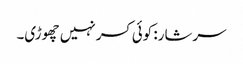
سرشار: کوئی کسر نہیں چھوڑی۔